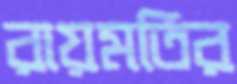
রায়মতির